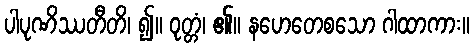
ပါပုဏိဿတီတိ၊ ၍။ ဝုတ္တံ၊ ၏။ နဟေတေစသော ဂါထာကား။